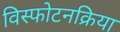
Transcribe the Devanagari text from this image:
विस्फोटनक्रिया